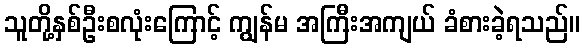
သူတို့နှစ်ဦးစလုံးကြောင့် ကျွန်မ အကြီးအကျယ် ခံစားခဲ့ရသည်။